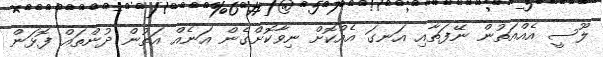
ލޫސީ އެއްއަތުން ނޭފަތާއި އަނގަ އެއްކޮށް ނިވާކޮށްގެން އަނެއް އަތުން ދުންތައް ފޮޅަން